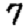
Digit: 7